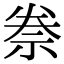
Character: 䄅